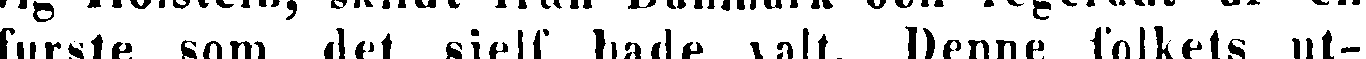
furste som det sjelf hade valt. Denne folkets ut-